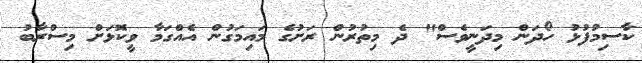
ކާސިމުފުޅު ހޯދަން މިދަނީވެސް" ދެ މިތުރުން ރަށުގެ މައިމަގުން އެއްގަމާ ވީކޮޅަށް މިސްރާބު